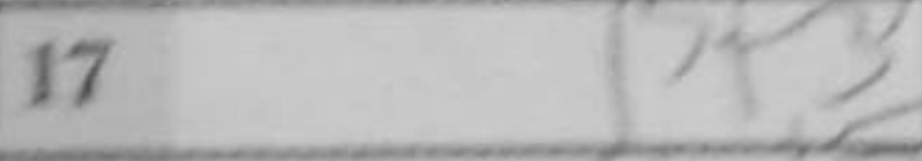
Transcription: Bf3